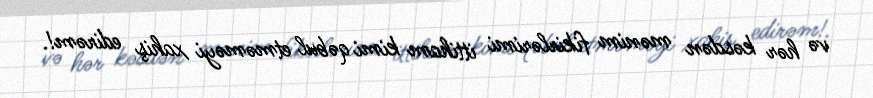
və hər kəsdən mənim fikirlərimi ittiham kimi qəbul etməməyi xahiş edirəm!.